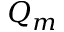
Q _ { m }